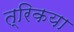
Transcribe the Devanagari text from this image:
त्रिकया